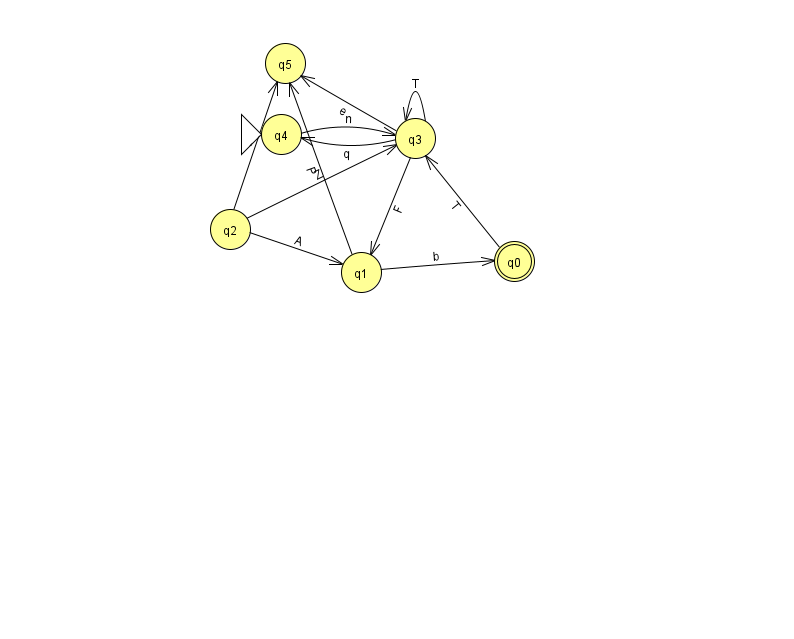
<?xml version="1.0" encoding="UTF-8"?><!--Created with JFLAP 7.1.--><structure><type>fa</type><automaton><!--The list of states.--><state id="0" name="q0"><x>514.0</x><y>248.0</y><final/></state><state id="1" name="q1"><x>361.0</x><y>259.0</y></state><state id="2" name="q2"><x>230.0</x><y>216.0</y></state><state id="3" name="q3"><x>415.0</x><y>125.0</y></state><state id="4" name="q4"><x>281.0</x><y>121.0</y><initial/></state><state id="5" name="q5"><x>285.0</x><y>50.0</y></state><!--The list of transitions.--><transition><from>3</from><to>1</to><read>F</read></transition><transition><from>4</from><to>3</to><read>n</read></transition><transition><from>2</from><to>1</to><read>A</read></transition><transition><from>3</from><to>3</to><read>T</read></transition><transition><from>3</from><to>5</to><read>e</read></transition><transition><from>0</from><to>3</to><read>T</read></transition><transition><from>1</from><to>0</to><read>b</read></transition><transition><from>1</from><to>5</to><read>P</read></transition><transition><from>2</from><to>5</to><read>b</read></transition><transition><from>2</from><to>3</to><read>Z</read></transition><transition><from>3</from><to>4</to><read>q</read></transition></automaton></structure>